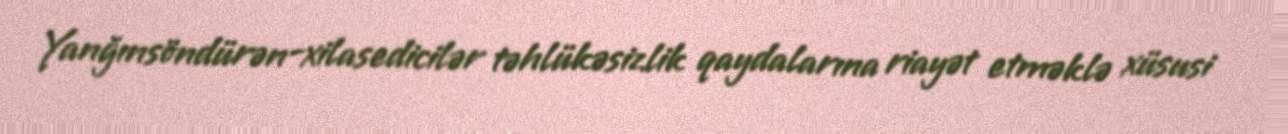
Yanğınsöndürən-xilasedicilər təhlükəsizlik qaydalarına riayət etməklə xüsusi